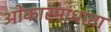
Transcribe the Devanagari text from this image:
ओंकारमांधाता